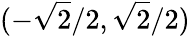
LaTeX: (-{\sqrt{2}}/2,{\sqrt{2}}/2)